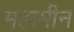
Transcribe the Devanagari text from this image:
महामीन